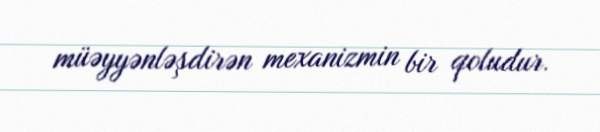
müəyyənləşdirən mexanizmin bir qoludur.